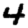
Digit: 4